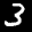
Label: 3